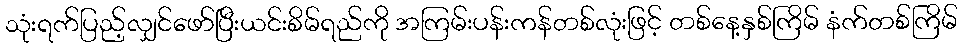
သုံးရက်ပြည့်လျှင်ဖော်ပြီးယင်းစိမ်ရည်ကို အကြမ်းပန်းကန်တစ်လုံးဖြင့် တစ်နေ့နှစ်ကြိမ် နံက်တစ်ကြိမ်